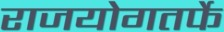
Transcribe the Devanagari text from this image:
राजयोगतर्फे